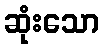
ဆုံးသော